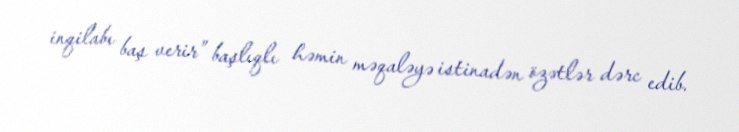
inqilabı baş verir” başlıqlı həmin məqaləyə istinadən özətlər dərc edib.